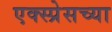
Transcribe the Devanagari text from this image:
एक्स्प्रेसच्या